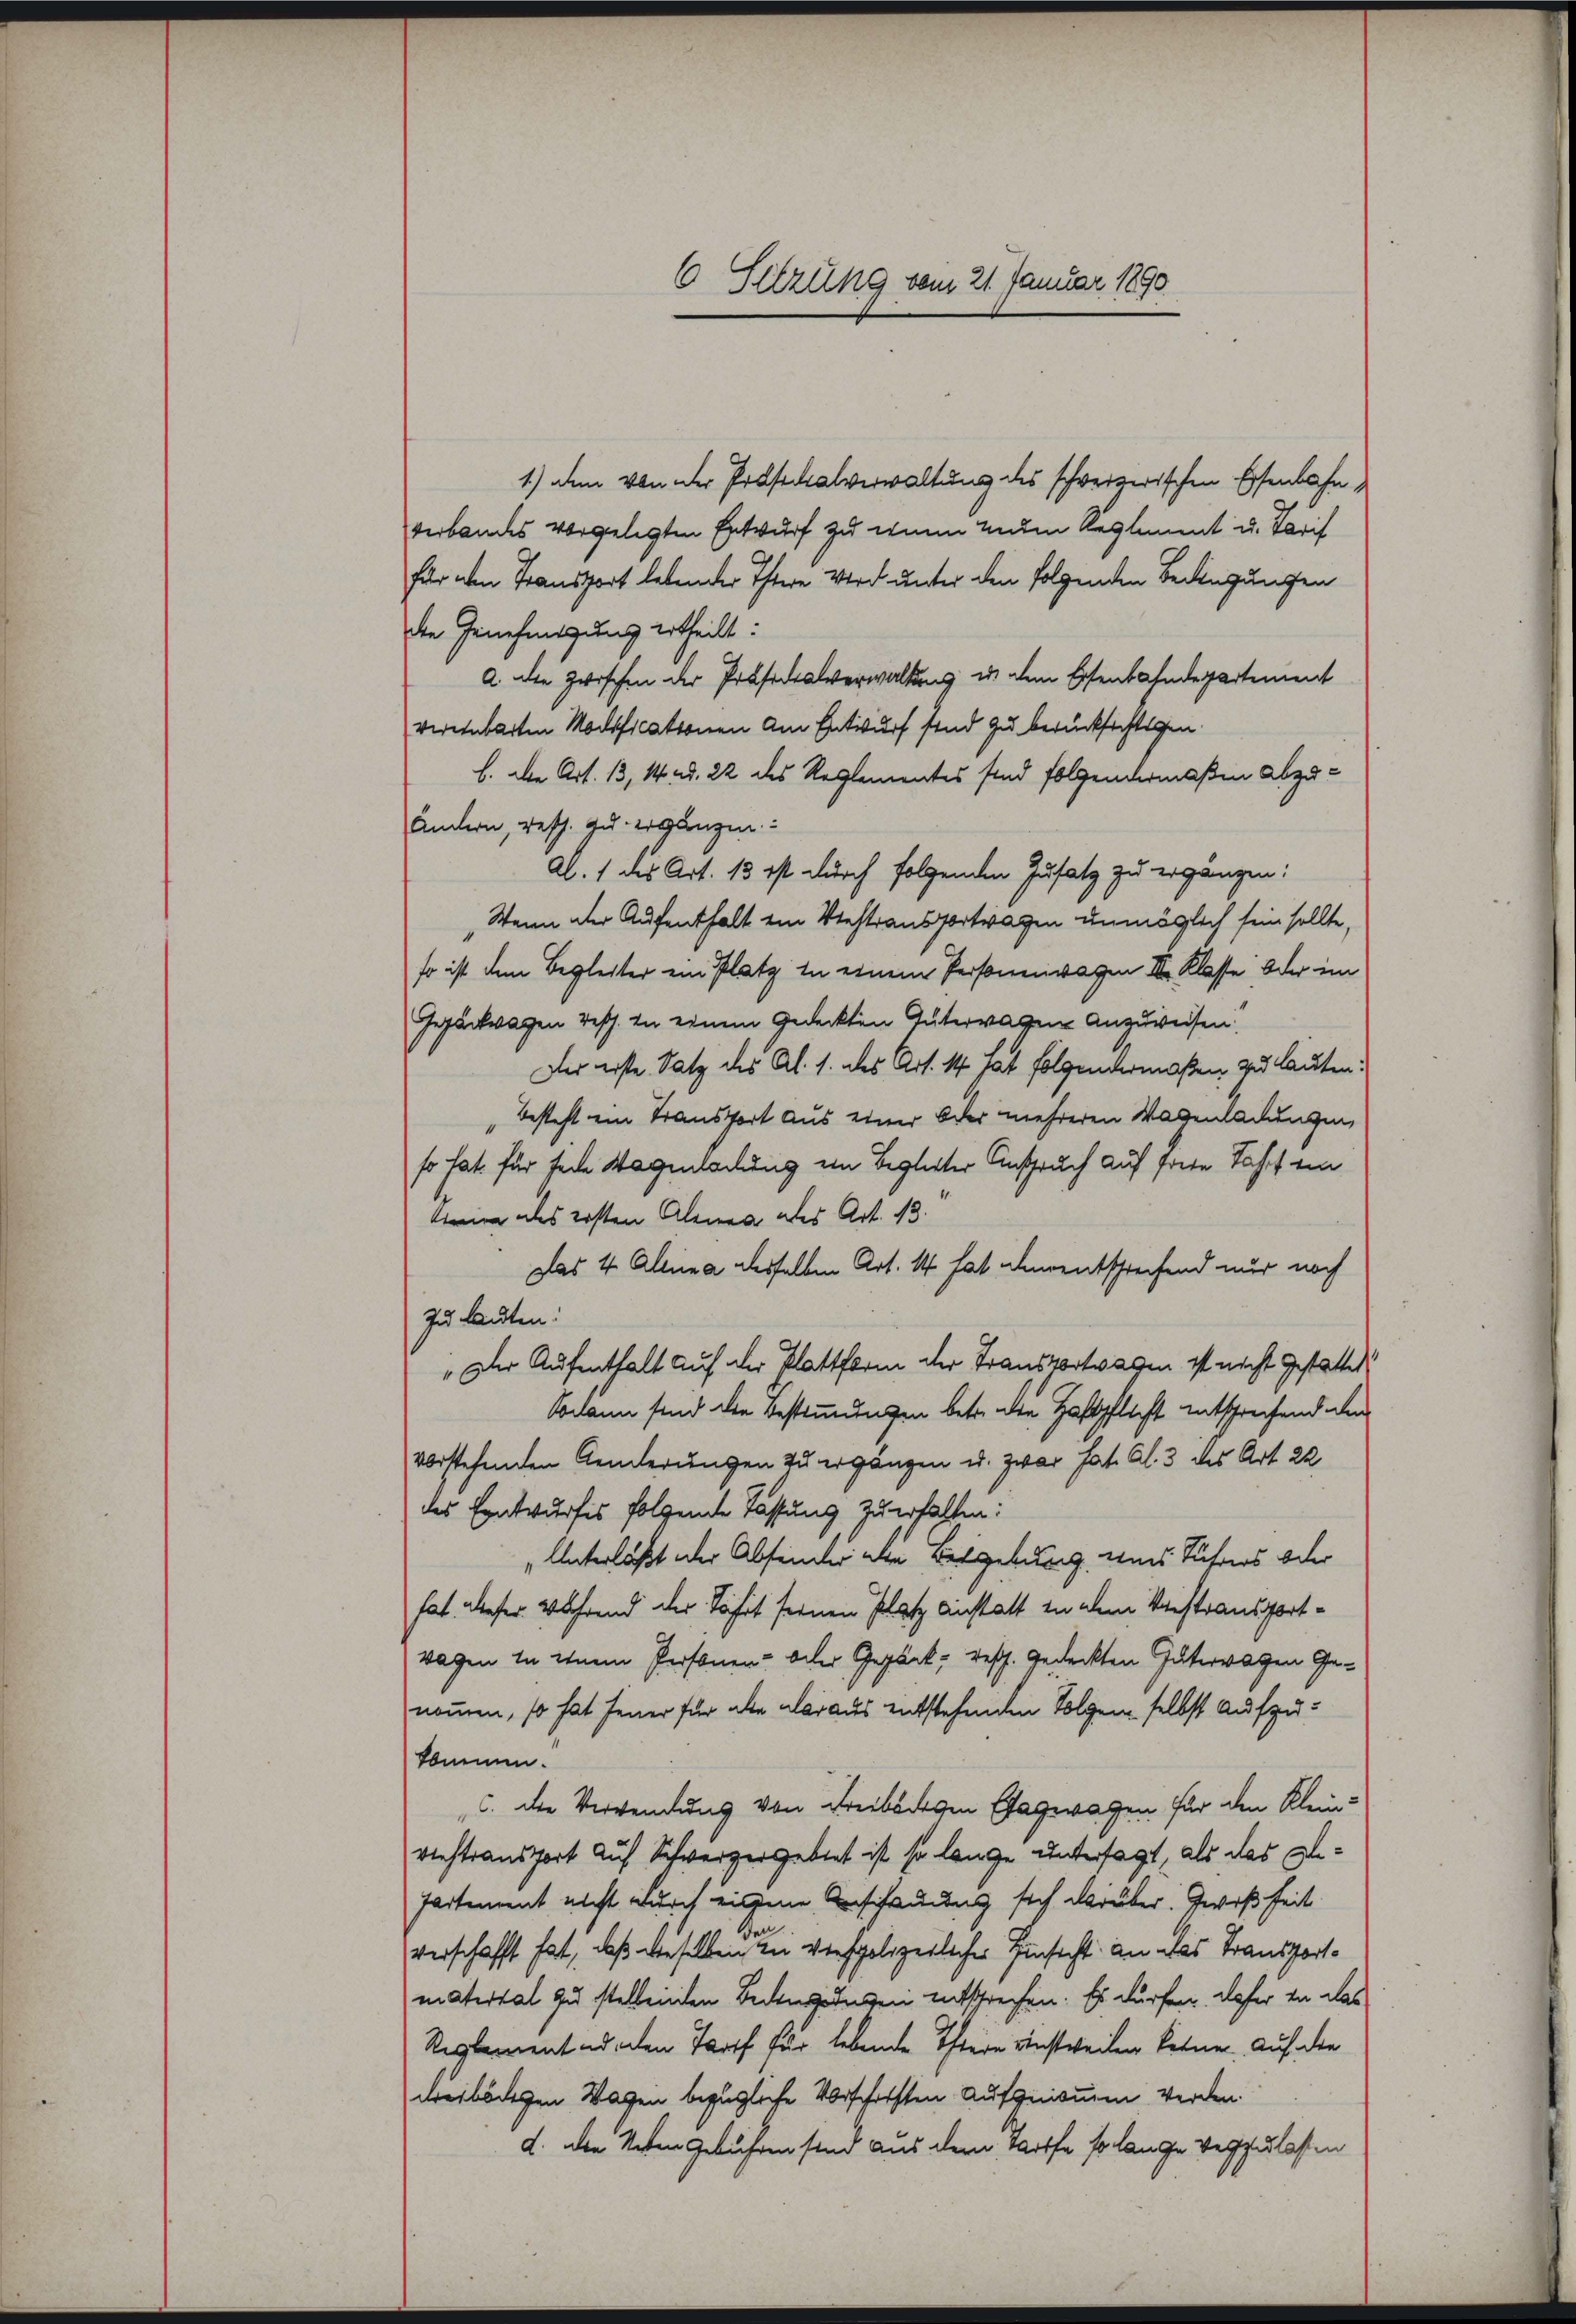
6 Setzung vom 21. Januar 1890

1.) Den von der Präsidialverwaltung des schweizerischen Eisenbahn
verbandes vorgelegten Entwurf zu wenn num Reglement u. Tarif
für den Transport lebender Estere Wird unter den folgenden Bedingungen
die Genehmigung ertheilt:
a. die zwischen der Präsidialverwaltung in dem Eisenbahndepartement
vereinbarten Modificationen am Entwurf sind zu berücksichtigen
b. die Art. 13, 14 ad. 22 des Reglementes sind folgendermaßen abzuäntern, resch. Zu ergänzen:
Al. 1 des Art. 13 ist durch folgenden Zusatz zu ergänzen:
Wenn der Aufenthalt ein Viehtransportragen unmöglich sein sollte,
so ist dem Begleiter ein Platz in einem Personenwagen III. Klasse oder im
Jeantragen Besch. in einem Gedeckten Güterragen Anzuweisen!
Der erste Satz des Al. 1. des Art. 14 hat folgendermaßen zu lauten:
besteht ein Transport aus einer Oder mehreren Wagenladungen,
so hat für feile Wagenladung ein Begleiter Anspruch auf freie Fahrt ein
keine des ersten Alena als Art. 13.
Das 4 Altima desselben Art. 14 hat ihnentschreifend nur noch
zu lauten:
Der Aufenthalt auf der Plattform der Transportwagen ist nicht gestattet
Sodann sind die Bestimmungen betr. die Haftpflicht entsprechend ein
vorstehenden Aenderungen zu ergängen u. zwar hat. Al. 3 des Art. 22
des Entwurfes folgende Tassung zu erfallen:
„Unterläßt oder Abseiner alle Bergebung, eines Führers oder
hat dieser während der Fährt seinen Platz anstatt in dem Verstransportwagen in einem Personen- oder Gepäck, resp. gedeckten Güterragen Genommen, so hat Feuer für die daraus entstehenden Folgen selbst aufzukommen.
c. die Verwendung von Freibedigen Etagewagen für den Kleinriehtransport auf Schweizergebiet ist so lange untersagt, als das Ge¬
Partement nicht durch eigene Anschauung sich darüber. Zwißheit
verschafft hat, daß dieselben zu verpolizeilicher Einsicht an das Transportmaterial zu stellenden Bedingungen entsprechen. Es dürfen, daher in das
Reglement ad den Torf für lebende Thiere einstweilen keinen. Auf die
dreibödigen Wagen bezügliche Vorschriften aufgenommen werden.
d. Den Neben gebühren sind aus dem Tarife so lange verzulasten